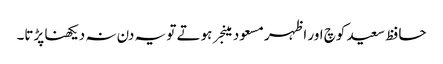
حافظ سعید کوچ اور اظہر مسعود مینجر ہوتے تو یہ دن نہ دیکھنا پڑتا۔